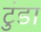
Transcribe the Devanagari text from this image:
टुंडा